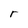
Character: r